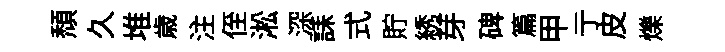
頹久堆歳注侄淞深誄式貯綉芽碑篇甲亍皮爍